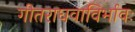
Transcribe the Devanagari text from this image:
गीतराघवाविर्भावः